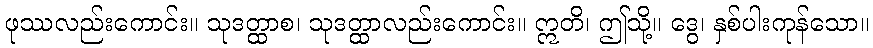
ဖုဿလည်းကောင်း။ သုဒတ္ထာစ၊ သုဒတ္ထာလည်းကောင်း။ ဣတိ၊ ဤသို့။ ဒွေ၊ နှစ်ပါးကုန်သော။